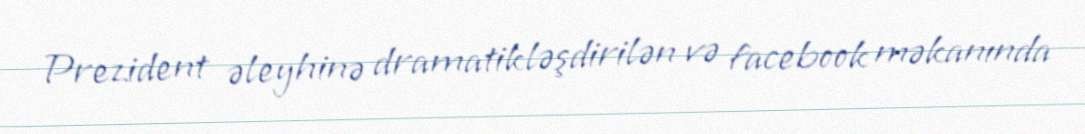
Prezident əleyhinə dramatikləşdirilən və facebook məkanında